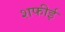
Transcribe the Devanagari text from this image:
शफीई